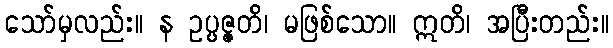
သော်မှလည်း။ န ဥပ္ပဇ္ဇတိ၊ မဖြစ်သော။ ဣတိ၊ အပြီးတည်း။